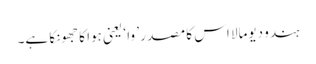
ہندو دیومالا اس کا مصدر ’ وا ‘ یعنی ہوا کا جھونکا ہے۔